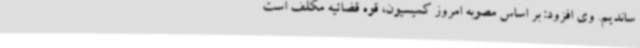
ساندیم. وی افزود: بر اساس مصوبه امروز کمیسیون، قوه قضائیه مکلف است